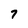
Character: 7